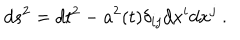
d s ^ { 2 } = d t ^ { 2 } - a ^ { 2 } ( t ) \delta _ { i j } d x ^ { i } d x ^ { j } ~ .